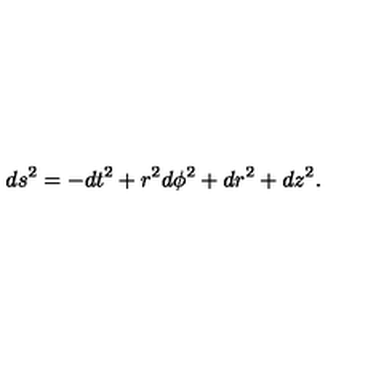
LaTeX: d s ^ { 2 } = - d t ^ { 2 } + r ^ { 2 } d \phi ^ { 2 } + d r ^ { 2 } + d z ^ { 2 } .